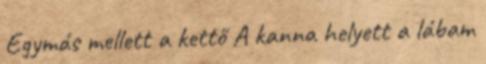
Egymás mellett a kettő A kanna helyett a lábam